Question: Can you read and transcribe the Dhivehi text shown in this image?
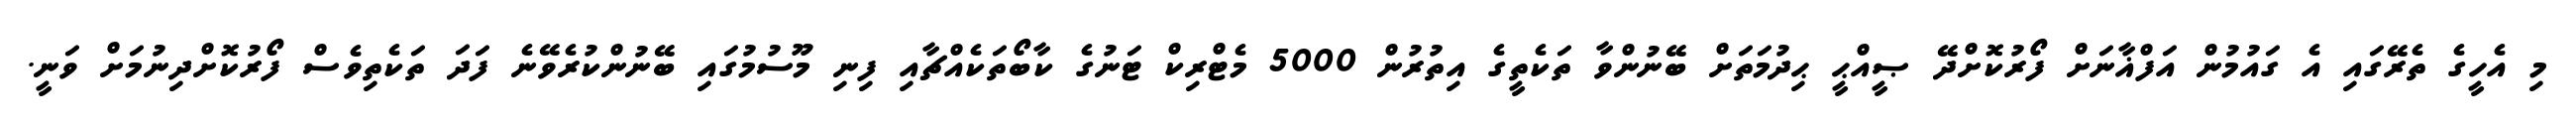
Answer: މި އެހީގެ ތެރޭގައި އެ ގައުމުން އަފްޣާނަށް ފޯރުކޮށްދޭ ޞީއްޙީ ޙިދުމަތަށް ބޭނުންވާ ތަކެތީގެ އިތުރުން 5000 މެޓްރިކް ޓަނުގެ ކާބޯތަކެއްޗާއި ފިނި މޫސުމުގައި ބޭނުންކުރެވޭނެ ފަދަ ތަކެތިވެސް ފޯރުކޮށްދިނުމަށް ވަނީ.